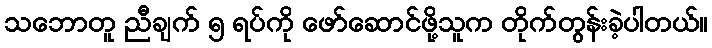
သဘောတူ ညီချက် ၅ ရပ်ကို ဖော်ဆောင်ဖို့သူက တိုက်တွန်းခဲ့ပါတယ်။